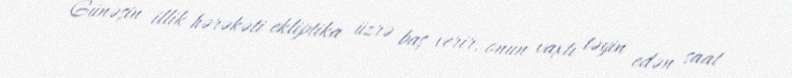
Günəşin illik hərəkəti ekliptika üzrə baş verir, onun vaxtı təyin edən saat